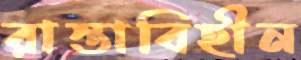
রাস্তাবিহীন